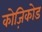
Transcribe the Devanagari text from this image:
कोज़िकोड